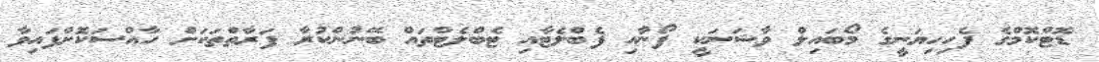
ޑޮޓްކޮމްގެ ފެހިހިޔަނީގެ މޯބައިލް ވާޝަނަކީ ފޯނާއި ފެބްލެޓާއި ޓެބްލެޓްތައް ބޭނުންކުރާ ފަރާތްތަކަށް ހާއްސަކޮށްފައިވާ